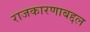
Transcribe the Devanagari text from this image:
राजकारणाबद्दल